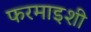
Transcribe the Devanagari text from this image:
फरमाइशी